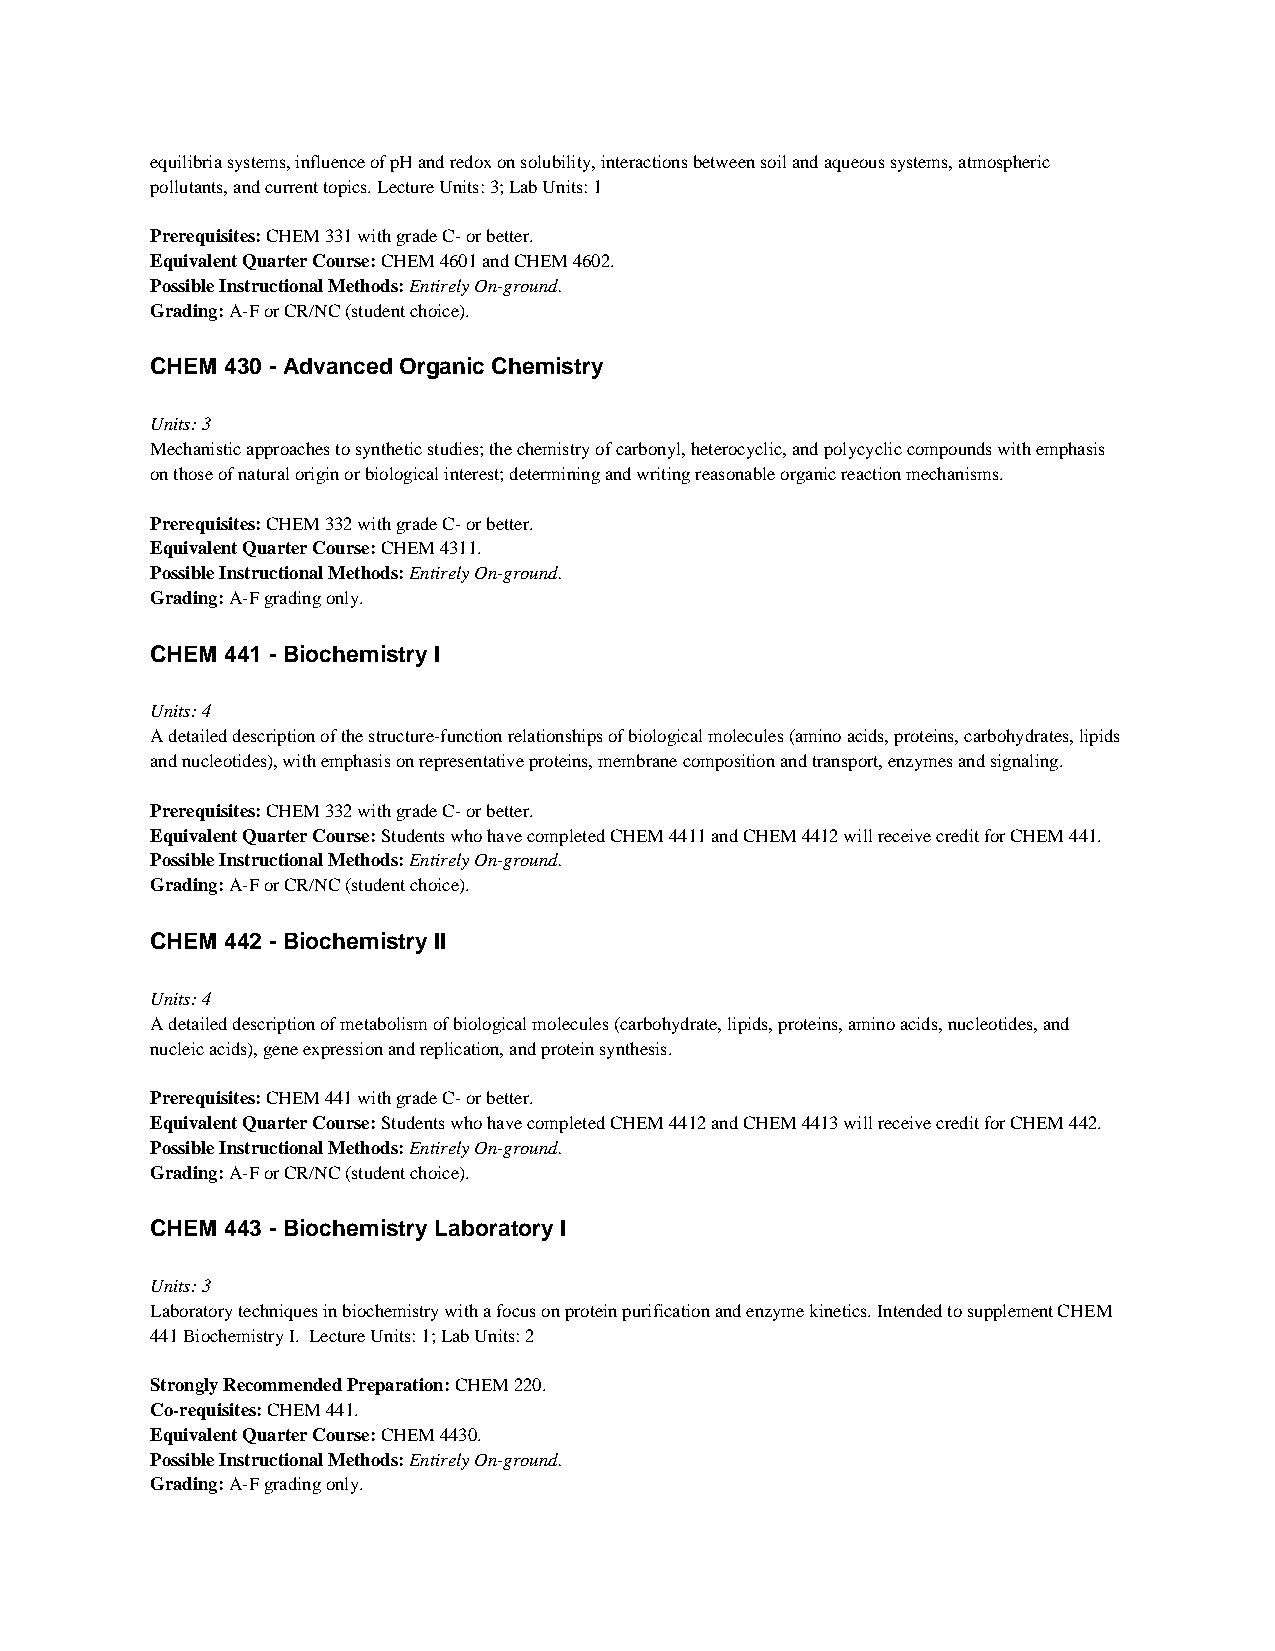
equilibria systems, influence of pH and redox on solubility, interactions between soil and aqueous systems, atmospheric
 pollutants, and current topics. Lecture Units: 3; Lab Units: 1
 Prerequisites: CHEM 331 with grade C- or better.
 Equivalent Quarter Course: CHEM 4601 and CHEM 4602.
 Possible Instructional Methods: Entirely On-ground.
 Grading: A-F or CR/NC (student choice).
 CHEM 430 - Advanced Organic Chemistry
 Units: 3
 Mechanistic approaches to synthetic studies; the chemistry of carbonyl, heterocyclic, and polycyclic compounds with emphasis
 on those of natural origin or biological interest; determining and writing reasonable organic reaction mechanisms.
 Prerequisites: CHEM 332 with grade C- or better.
 Equivalent Quarter Course: CHEM 4311.
 Possible Instructional Methods: Entirely On-ground.
 Grading: A-F grading only.
 CHEM 441 - Biochemistry I
 Units: 4
 A detailed description of the structure-function relationships of biological molecules (amino acids, proteins, carbohydrates, lipids
 and nucleotides), with emphasis on representative proteins, membrane composition and transport, enzymes and signaling.
 Prerequisites: CHEM 332 with grade C- or better.
 Equivalent Quarter Course: Students who have completed CHEM 4411 and CHEM 4412 will receive credit for CHEM 441.
 Possible Instructional Methods: Entirely On-ground.
 Grading: A-F or CR/NC (student choice).
 CHEM 442 - Biochemistry II
 Units: 4
 A detailed description of metabolism of biological molecules (carbohydrate, lipids, proteins, amino acids, nucleotides, and
 nucleic acids), gene expression and replication, and protein synthesis.
 Prerequisites: CHEM 441 with grade C- or better.
 Equivalent Quarter Course: Students who have completed CHEM 4412 and CHEM 4413 will receive credit for CHEM 442.
 Possible Instructional Methods: Entirely On-ground.
 Grading: A-F or CR/NC (student choice).
 CHEM 443 - Biochemistry Laboratory I
 Units: 3
 Laboratory techniques in biochemistry with a focus on protein purification and enzyme kinetics. Intended to supplement CHEM
 441 Biochemistry I. Lecture Units: 1; Lab Units: 2
 Strongly Recommended Preparation: CHEM 220.
 Co-requisites: CHEM 441.
 Equivalent Quarter Course: CHEM 4430.
 Possible Instructional Methods: Entirely On-ground.
 Grading: A-F grading only.